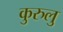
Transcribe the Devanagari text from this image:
कुरुलु